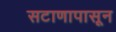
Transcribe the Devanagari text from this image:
सटाणापासून